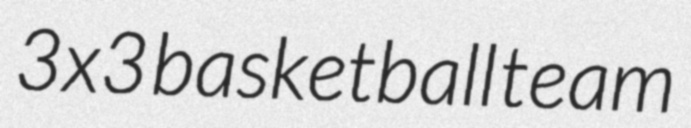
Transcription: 3x3 basketball team